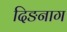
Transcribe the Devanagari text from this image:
दिङनाग